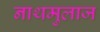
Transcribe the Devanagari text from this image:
नाथमुलाज